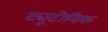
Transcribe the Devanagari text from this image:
ट्यूटोनिक